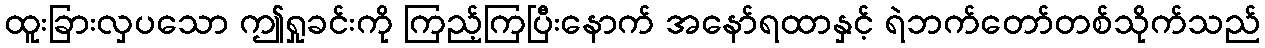
ထူးခြားလှပသော ဤရှုခင်းကို ကြည့်ကြပြီးနောက် အနော်ရထာနှင့် ရဲဘက်တော်တစ်သိုက်သည်